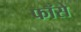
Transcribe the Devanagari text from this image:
फॉसे